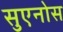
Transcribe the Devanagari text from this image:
सुएनोस